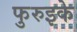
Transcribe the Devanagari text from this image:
फुरुइके